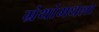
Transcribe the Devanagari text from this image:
ग्रंथांमधला